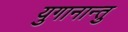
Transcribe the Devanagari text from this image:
युगानान्तु